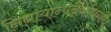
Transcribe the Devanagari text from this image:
निधायान्यन्नैवाश्रितमिह